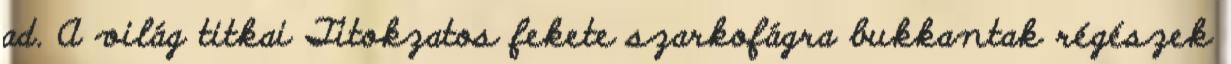
ad. A világ titkai Titokzatos fekete szarkofágra bukkantak régészek